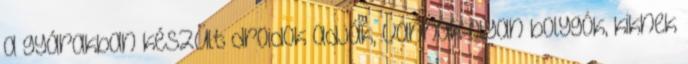
a gyárakban készült droidok adják, vannak olyan bolygók, kiknek